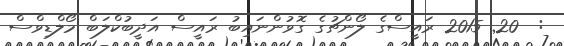
:  20